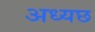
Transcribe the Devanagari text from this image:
अध्यछ